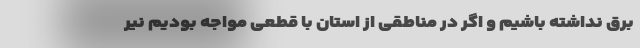
برق نداشته باشیم و اگر در مناطقی از استان با قطعی مواجه بودیم نیر